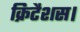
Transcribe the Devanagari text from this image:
क्रिटैशस।